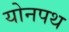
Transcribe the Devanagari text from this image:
योनपथ